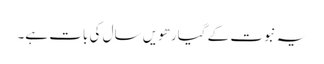
یہ نبوت کے گیارھویں سال کی بات ہے۔